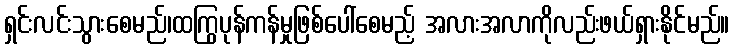
ရှင်းလင်းသွားစေမည်၊ထကြွပုန်ကန်မှုဖြစ်ပေါ်စေမည့် အလားအလာကိုလည်းဖယ်ရှားနိုင်မည်။